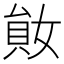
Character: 𡞩